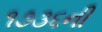
૧૭૩૬ની